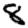
Digit: 8